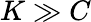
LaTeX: K\gg C